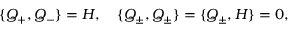
\{ Q _ { + } , Q _ { - } \} = { { \cal H } } , \quad \{ Q _ { \pm } , Q _ { \pm } \} = \{ Q _ { \pm } , { \cal H } \} = 0 ,